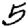
Digit: 5